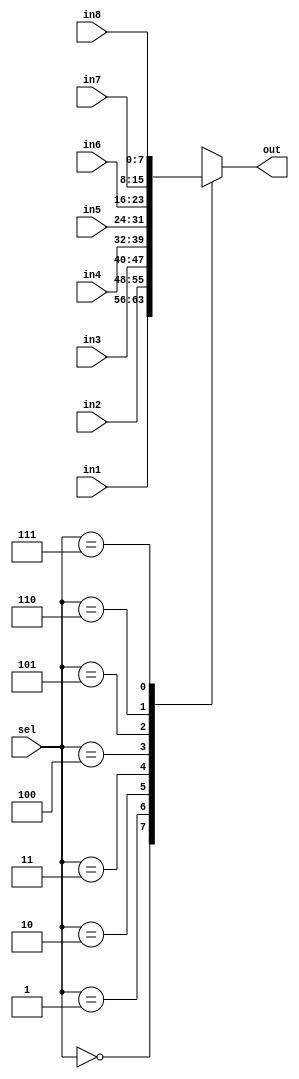
module mux8to1(
					 input [7:0]in1,
					 input [7:0]in2,
					 input [7:0]in3,
					 input [7:0]in4,
					 input [7:0]in5,
					 input [7:0]in6,
					 input [7:0]in7,
					 input [7:0]in8,
					 input [2:0]sel,
					 output reg [7:0]out
    );
	 always@(*)
	 begin
		 case(sel)
			 3'd0:
			 out<=in1;
			 
			 3'd1:
			 out<=in2;
			 
			 3'd2:
			 out<=in3;
			 
			 3'd3:
			 out<=in4;
			 
			 3'd4:
			 out<=in5;
			 
			 3'd5:
			 out<=in6;
			 
			 3'd6:
			 out<=in7;
			 
			 3'd7:
			 out<=in8;
		 endcase	 
	 end
	 
endmodule